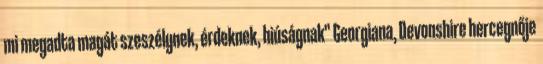
mi megadta magát szeszélynek, érdeknek, hiúságnak" Georgiana, Devonshire hercegnője